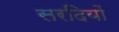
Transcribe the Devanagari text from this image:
सरदियों